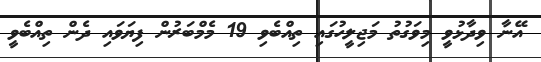
އޭނާ ވިދާޅުވީ މިވަގުތު މަޖިލީހުގައި ތިއްބެވި 19 މެމްބަރުން ފިޔަވައި ދެން ތިއްބެވީ